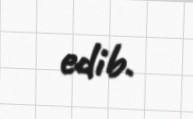
edib.